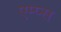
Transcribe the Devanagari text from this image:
एम्प्स